Medical and sanitary report of the native army of Bengal for the year
Year: 1877
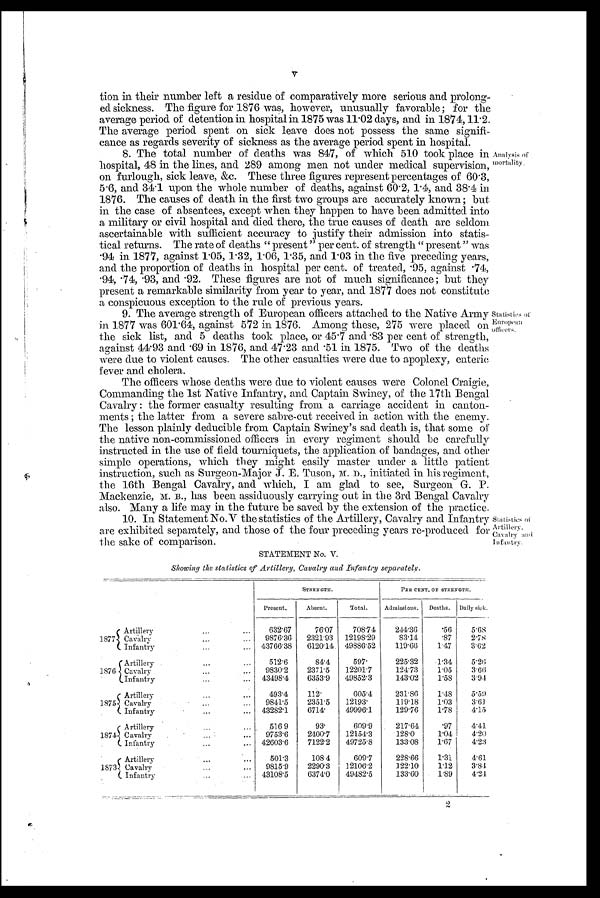
tion in their number left a residue of comparatively more serious and prolong-
ed sickness. The figure for 1876 was, however, unusually favorable; for the
average period of detention in hospital in 1875 was 11.02 days, and in 1874, 11.2
The average period spent on sick leave does not possess the same signifi-
cance as regards severity of sickness as the average period spent in hospital.
8. The total number of deaths was 847, of which 510 took place in
hospital, 48 in the lines, and 289 among men not under medical supervision,
on furlough, sick leave, &c. These three figures represent percentages of 60.3,
5.6, and 34.1 upon the whole number of deaths, against 60.2, 1.4, and 384 in
1876. The causes of death in the first two groups are accurately known; but
in the case of absentees, except when they happen to have been admitted into
a military or civil hospital and died there, the true causes of death are seldom
ascertainable with sufficient accuracy to justify their admission into statis-
tical returns. The rate of deaths " present " per cent. of strength " present " was
. 9 4 i n 1 8 7 7 , a g a i n s t 1 . 0 5 , 1 . 3 2 , 1 . 0 6 , 1 . 3 5 , a n d 1 . 0 3 i n t h e f i v e p r e c e d i n g y e a r s ,
and the proportion of deaths in hospital per cent. of treated, .95, against .74,
.94, .74, .93, and .92. These figures are not of much significance; but they
present a remarkable similarity from year to year, and 1877 does not constitute
a conspicuous exception to the rule of previous years.
9. The average strength of European officers attached to the Native Army
in 1877 was 601.64, against 572 in 1876. Among these, 275 were placed on
the sick list, and 5 deaths took place, or 45.7 and .83 per cent of strength,
against 44.93 and .69 in 1876, and 47.23 and .51 in 1875. Two of the deaths
were clue to violent causes. The other casualties were due to apoplexy, enteric
f e v e r a n d c h o l e r a .
The officers whose deaths were due to violent causes were Colonel Craigie,
Commanding the 1st Native Infantry, and Captain Swaney, of the 17th Bengal
Cavalry : the former casualty resulting from a carriage accident in canton-
ments ; the latter from a severe sabre-cut received in action with the enemy.
T h e l e s s o n p l a i n l y d e d u c i b l e f r o m C a p t a i n S w i n e y ' s s a d d e a t h i s , t h a t s o m e o f
the native non-commissioned officers in every regiment should be carefully
instructed in the use of field tourniquets, the application of bandages, and other
simple operations, which they might easily master under a little patient
instruction, such as Surgeon-Major J. E. Tuson, M. D., initiated in his regiment,
the 16th. Bengal Cavalry, and which, I am glad to see, Surgeon G. P.
Mackenzie, M.B., has been assiduously carrying out in the 3rd Bengal Cavalry
also. Many a life may in the future be saved by the extension of the practice.
10. In Statement No. V the statistics of the Artillery, Cavalry and Infantry
are exhibited separately, and those of the four preceding years re-produced for
the sake of comparison.
STATEMENT No. V.
Showing the statistics of Artillery,Cauvalry and Infantry separately.
S T R E N G T H .
PER CENT, OF STRENGTH.
Present.
Absent.
Total.
Admissions.
Deaths.
Daily sick.
1877
Artillery
6 3 2 . 6 7
76.07
708.74
244.36
.56
5.68
Cavalry
9876.36
2321.93 12198.29
83.14
.87
2.78
Infantry
43766.38
6120.14 49886.52
119.66
1.47
3.62
1876
Artillery
512.6
84.4
597.
225.32
1.34
5.26
Cavalry Cava
9830.2
2371.5
12201.7
1 2 4 . 7 3
1.05
3.66
I nfantry
43498.4
6353.9
49852.3
143.02
1 . 5 8
3.94
1875
Artillery
493.4
112.
605.4
231.86
1.48
5.59
Cavalry
9841.5
2351.5
12193.
119.18
1.03
3.63
Infantry
43282.1
6714.
49996.1
129.76
1.78
4.15
1874
Artillery
516 9
93.
609.9
217.64
.97
4.41
Cavalry
9753.6
2400.7
12154.3
• 128.0
1.04
4.20
Infantry
42603.6
7122.2
49725.8
133.08
1.67
4.23
1873
Artillery
501.3
108.4
609.7
228.66
1.31
4.61
Cavalry
9815.9
2290.3
12106.2
122.10
1.12
3.84
Infantry
43108.5
6374.0
49482.5
133.60
1.89
4.24
Analysis or
morfitlity.
Statistics of
European
officers.
Statistics
A rtillery.
Cavalry awl
Infantry.
2